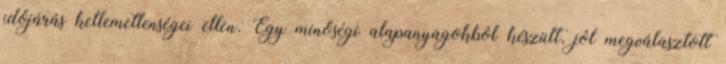
időjárás kellemetlenségei ellen. Egy minőségi alapanyagokból készült, jól megválasztott